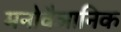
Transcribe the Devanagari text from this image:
मनोवैञानिक